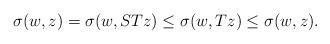
LaTeX: \begin{align*} \sigma(w,z) = \sigma(w,STz) \leq \sigma(w,Tz) \leq \sigma(w,z). \end{align*}